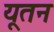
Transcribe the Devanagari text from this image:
यूतन